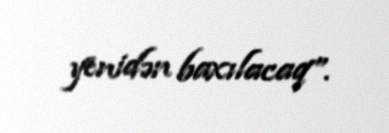
yenidən baxılacaq”.